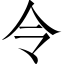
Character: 令